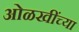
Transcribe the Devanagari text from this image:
ओळखींच्या